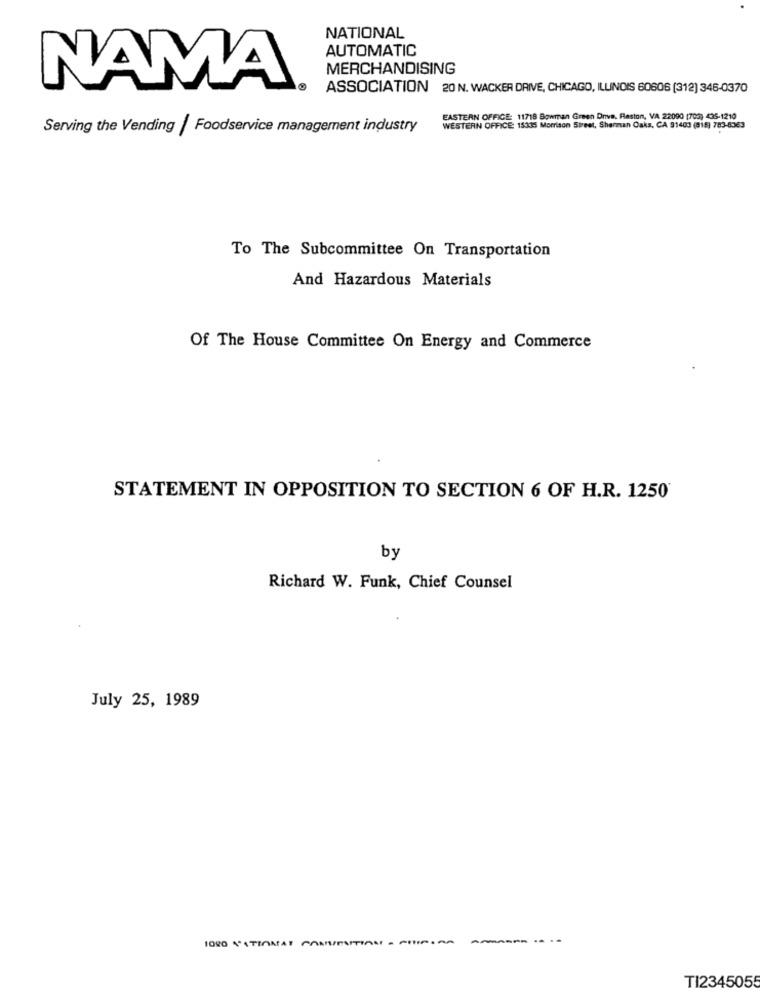
NATIONAL
AUTOMATIC
MERCHANDISING
NAMA.
ASSOCIATION 20 N. WACKER DRIVE, CHICAGO, ILLINOIS 60606 (312) 346-0370
EASTERN OFFICE: 11718 Bowman Green Drive, Reston, VA 22090 (703) 435-1210
Serving the Vending | Foodservice management industry
WESTERN OFFICE: 15335 Morrison Street, Sherman Oaks, CA 91403 (818) 783-8363
To The Subcommittee On Transportation
And Hazardous Materials
Of The House Committee On Energy and Commerce
STATEMENT IN OPPOSITION TO SECTION 6 OF H.R. 1250'
by
Richard W. Funk, Chief Counsel
July 25, 1989
TI2345055